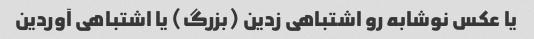
یا عکس نوشابه رو اشتباهی زدین (بزرگ) یا اشتباهی آوردین